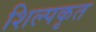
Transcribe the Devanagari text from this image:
शिल्पकृत